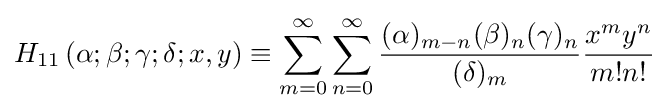
H_{11}\left(\alpha ;\beta ;\gamma ;\delta ;x,y\right)\equiv \sum _{m=0}^{\infty }\sum _{n=0}^{\infty }{\frac {(\alpha )_{m-n}(\beta )_{n}(\gamma )_{n}}{(\delta )_{m}}}{\frac {x^{m}y^{n}}{m!n!}}